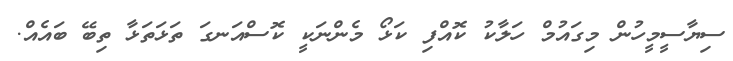
ސިޔާސީމީހުން މިގައުމް ހަލާކު ކޮއްފި ކަޅޯ މެންނަކީ ކޮސްއަނގަ ތަޅަތަޅާ ތިބޭ ބައެއް.